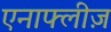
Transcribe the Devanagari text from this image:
एनाफ्लीज़